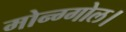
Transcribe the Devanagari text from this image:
मोन्ग्गोल।